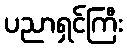
ပညာရှင်ကြီး